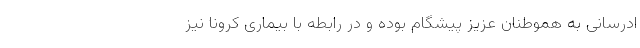
ادرسانی به هموطنان عزیز پیشگام بوده و در رابطه با بیماری کرونا نیز